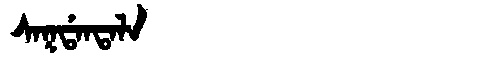
Manchu: ᠰᠠᡴᡩᠠᠨᡨᠠᠯᠠ
Romanization: SAKDANTALA